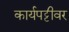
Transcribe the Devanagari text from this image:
कार्यपट्टीवर